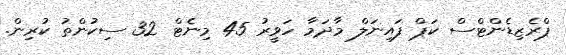
ޕްރެޒިޑެންޓްސް ކަޕް ފައިނަލް މާދަމާ ހަވީރު 45 މިނެޓް 32 ސިކުންތު ކުރިން.